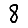
Digit: 8